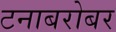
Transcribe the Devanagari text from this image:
टनाबरोबर